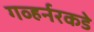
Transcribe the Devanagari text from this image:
गव्हर्नरकडे